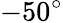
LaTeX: -50^{\circ}